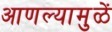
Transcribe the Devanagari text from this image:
आणल्यामुळें